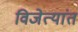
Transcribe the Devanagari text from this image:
विजेत्यांत